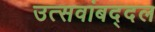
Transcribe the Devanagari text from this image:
उत्सवांबद्दल